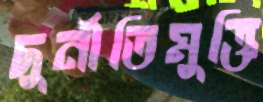
দুর্নীতিমুক্তি